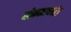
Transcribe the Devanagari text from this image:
बोक्काच्यो।